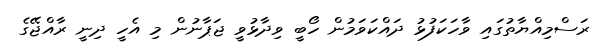
ރަސްމިއްޔާތުގައި ވާހަކަފުޅު ދައްކަވަމުން ހޯބީ ވިދާޅުވީ ޖަޕާނުން މި އެހީ ދިނީ ރާއްޖޭގެ